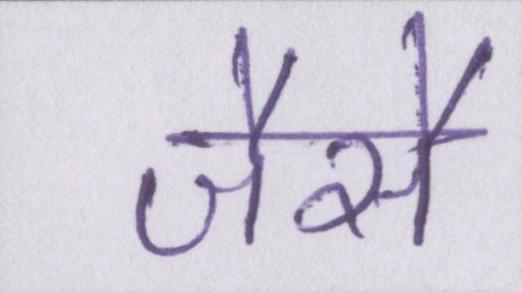
जैसै